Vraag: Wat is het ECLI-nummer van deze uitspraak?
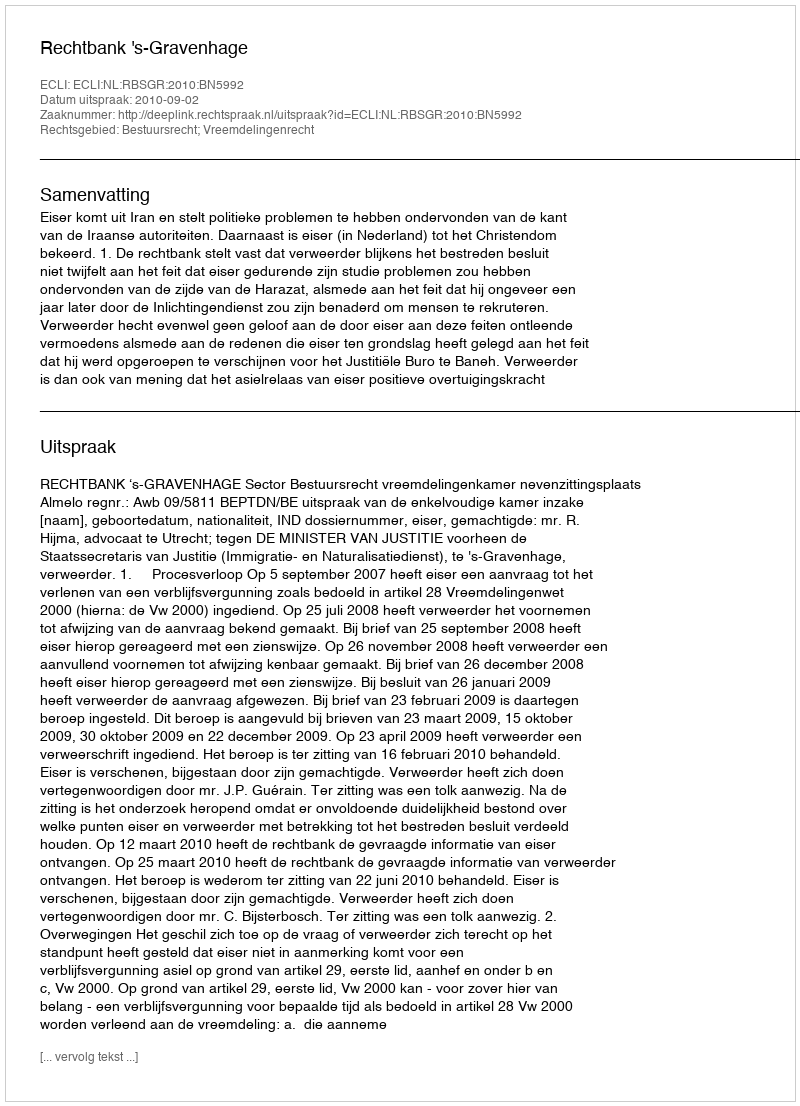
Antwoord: ECLI:NL:RBSGR:2010:BN5992